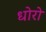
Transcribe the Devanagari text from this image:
धोरो